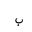
Letter: _ba